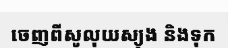
ចេញពីសូលុយស្យុង និងទុក